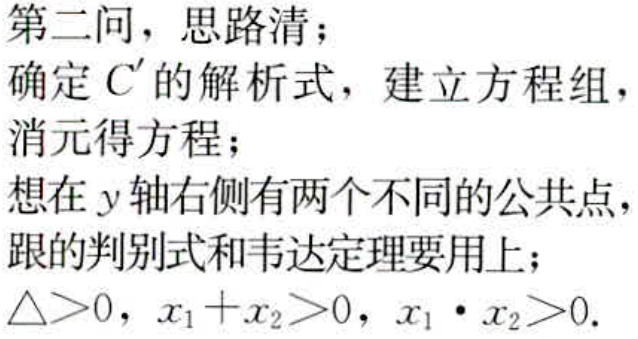
第二问，思路清；
确定 \(C'\) 的解析式，建立方程组，
消元得方程；
想在 \(y\) 轴右侧有两个不同的公共点，
跟的判别式和韦达定理要用上；
\(\triangle>0\)，\(x_{1}+x_{2}>0\)，\(x_{1}\cdot x_{2}>0\).